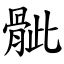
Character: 骴